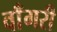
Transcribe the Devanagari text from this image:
वाँगरी